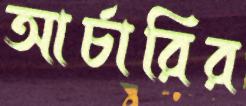
আর্চারির